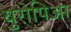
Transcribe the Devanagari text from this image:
युरोपिआ